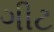
ગીટ